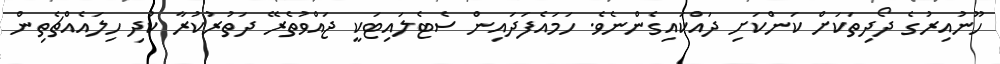
ހޫނުއިރުގެ ދޯދިތަކަށް ކަންކަށި ދައްކައިގެންނެވެ. ހަމައެފަދައިން ސެޓެލައިޓަކީ ޖައްވުތެރޭ ދަތުރުކުރާ ކުދި ހިލައެއްޗެތިން